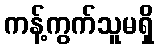
ကန့်ကွက်သူမရှိ